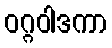
ဝဂ္ဂဝါဒကာ